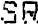
SR